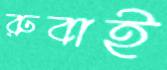
রুবাই